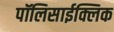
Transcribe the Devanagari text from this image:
पॉलिसाईक्लिक